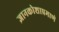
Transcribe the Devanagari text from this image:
ज्ञानकोशाप्रमाणे